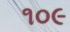
૧૦૯